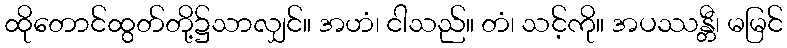
ထိုတောင်ထွတ်တို့၌သာလျှင်။ အဟံ၊ ငါသည်။ တံ၊ သင့်ကို။ အပဿန္တီ၊ မမြင်